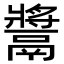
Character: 𩱑